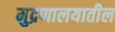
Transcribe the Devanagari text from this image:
मुद्रणालयातील